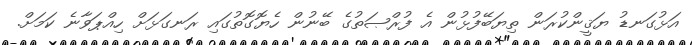
އަޅުގަނޑު ޔަޤީންކުރަން ތިޔަބޭފުޅުން އެ ފުރްޞަތުގެ ބޭނުން ހެޔޮގޮތުގައި ރަނގަޅަށް ހިއްޕަވާނެ ކަމަށް.